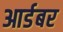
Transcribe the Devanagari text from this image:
आर्डबर